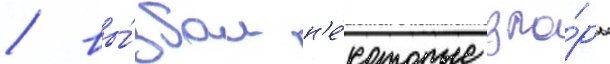
/ вы́звал н'е́которые спо́ры